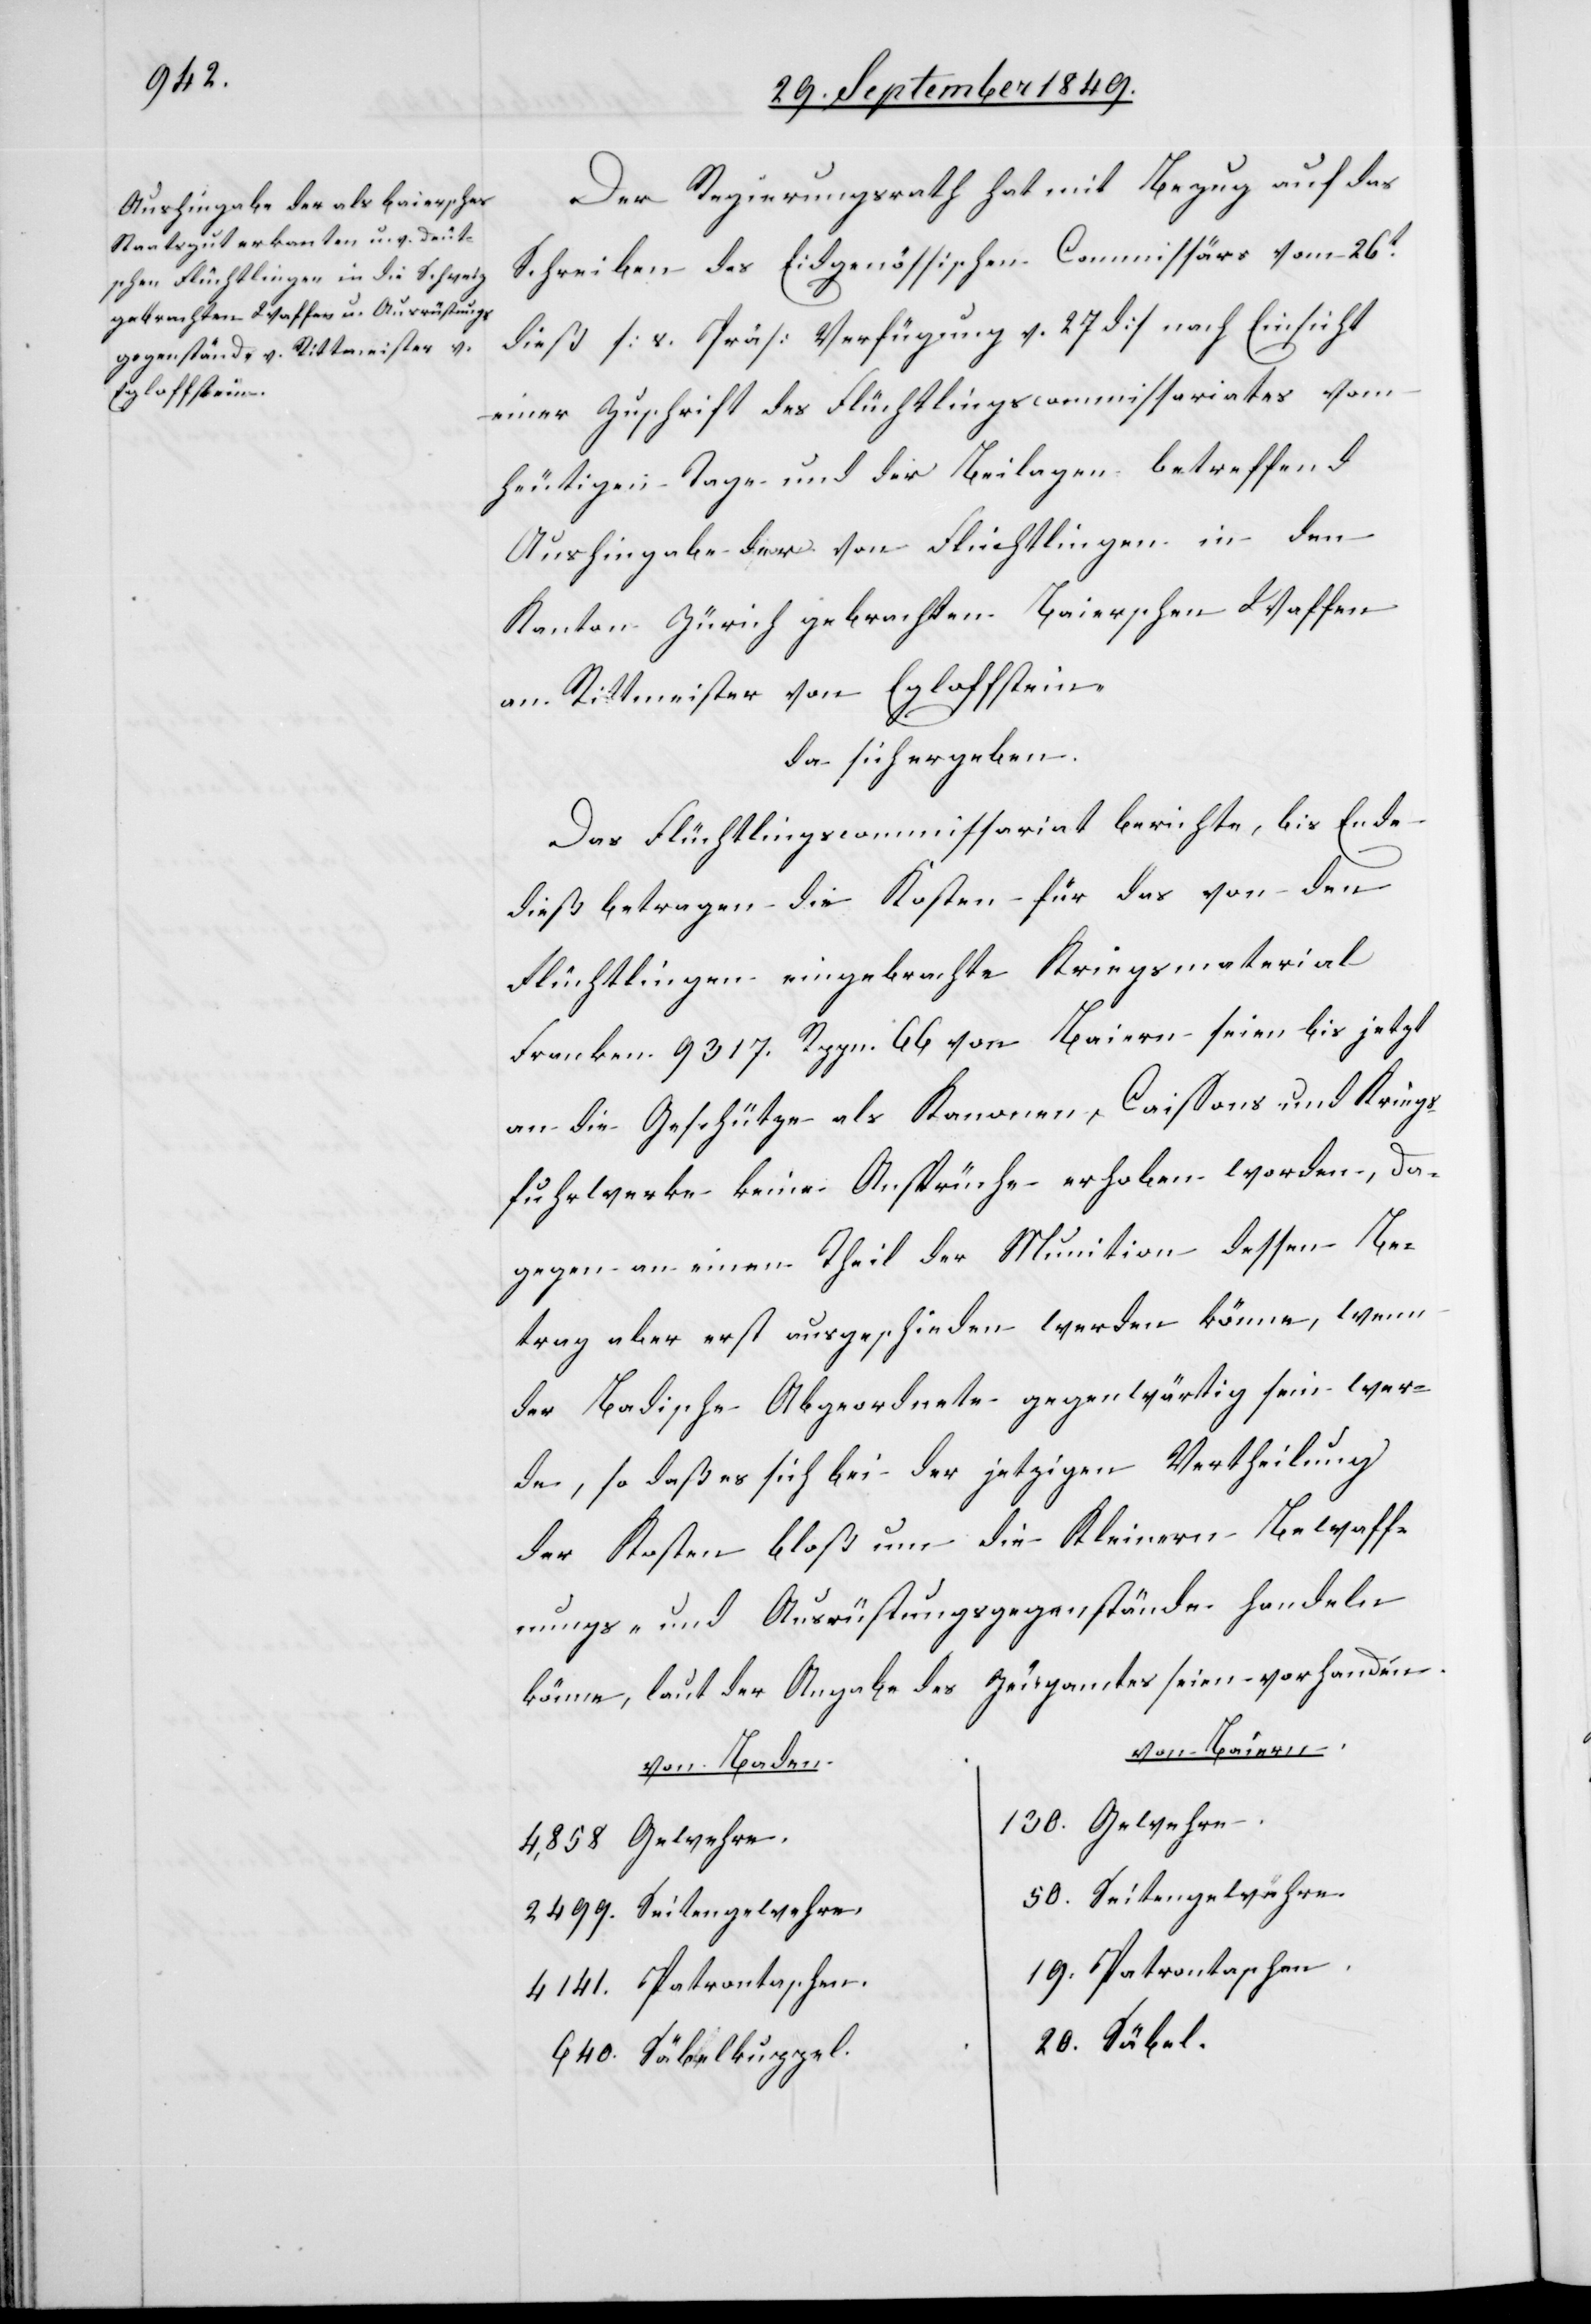
Der Regierungsrath hat mit Bezug auf das
Schreiben des Eidgenössischen Commissärs vom 26t
dieß [s. Präs. Verfügung v. 27 d] nach Einsicht
einer Zuschrift des Flüchtlingscommissariates vom
heutigen Tage und der Beilagen betreffend
Aushingabe der von Flüchtlingen in dem
Kanton Zürich gebrachten Baierschen Waffen
am Rittmeister von Egloffstein.
da sich ergeben:
Das Flüchtlingscommissariat berichte, bis Ende
dieß betragen die Kosten für das von den
Flüchtlingen eingebrachte Kriegsmaterial
Franken 9 317. Rppn. 66. von Baiern seien bis jetzt
an die Geschütze als Kanonen, Caissons und Kriegs¬
fuhrwerke keine Ansprüche erhoben worden, da¬
gegen an einen Theil der Munition dessen Be¬
trag aber erst ausgeschieden werden könne, wenn
der badische Abgeordnete gegenwärtig sein wer¬
de, so daß es sich bei der jetzigen Vertheilung
der Kosten bloß um die Kleinern Bewaff¬
nungs- und Ausrüstungsgegenstände handeln
könne, laut der Angabe des Zeugamtes seien vorhanden.
von Baiern
von Baden
130. Gewehre
4,858 Gewehre
50. Seitengewehre
2499. Seitengewehre
19. Patrontaschen
4141. Patrontaschen
20. Säbel.
640. Säbelkuppel